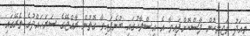
މިއަދު މަޖިލީހުން ފާސްކޮށްފައިވާ އެ އިސްލާހުގައި ބުނެފައިވާ ގޮތުން ރާއްޖޭގެ ސަރަހައްދުގެ ތެރޭގައި